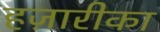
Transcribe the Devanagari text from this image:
हज़ारीका